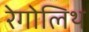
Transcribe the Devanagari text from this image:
रेगोलिथ